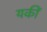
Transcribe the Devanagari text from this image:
यकीं